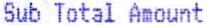
SUB TOTAL AMOUNT